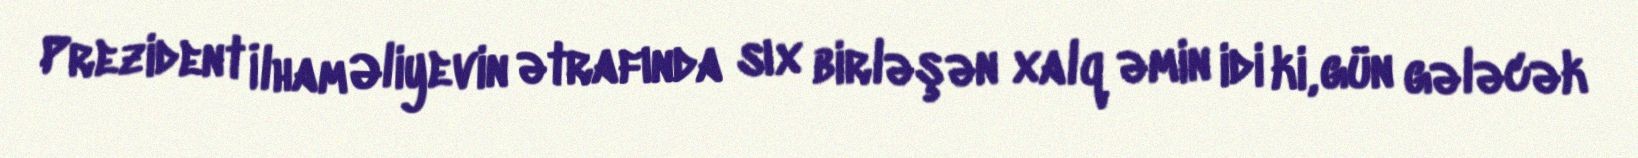
Prezident İlham Əliyevin ətrafında sıx birləşən xalq əmin idi ki, gün gələcək